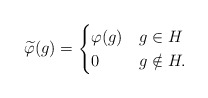
\begin{align*} \widetilde{\varphi}(g) = \begin{cases} \varphi(g) & g \in H \\ 0 & g \notin H. \end{cases}\end{align*}